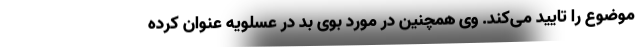
موضوع را تایید می‌کند. وی همچنین در مورد بوی بد در عسلویه عنوان کرده